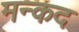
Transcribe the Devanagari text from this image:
मन्कद